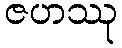
ဇဟဿု